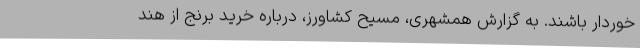
خوردار باشند. به گزارش همشهری، مسیح کشاورز، درباره خرید برنج از هند